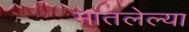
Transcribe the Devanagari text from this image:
मातलेल्या